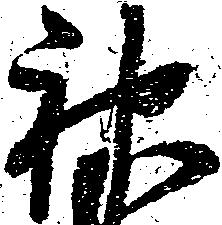
神